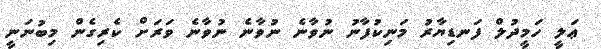
ޢަލީ ހަމީދުލް ފަނޑިޔާރު މަނިކުފާނު ނުވާނެ ނުވާނެ ނުވާނެ ވަރަށް ކެރިގެން މިބުނަނީ